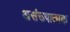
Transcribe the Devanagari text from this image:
असंख्यात्मक